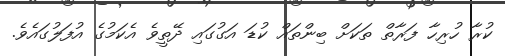
ކުރާ ހުރިހާ ފަރާތް ތަކަށް ބިންތައް ކުޑަ އަގުގައި ދޭތީވެ އެކަމުގެ އުފަލުގައެވެ.